Civil Veterinary Department. United Provinces 1912-22 - 1912-1922
Year: 1912
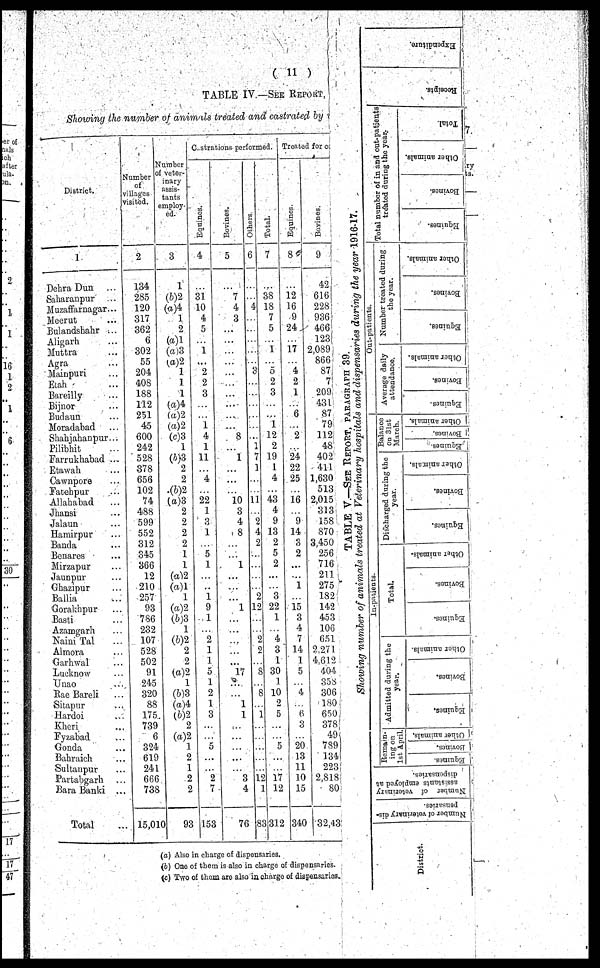
( 11 )
TABLE IV.—SEE REPORT
Showing the number of animals treated and castrated by
District.
1
Dehra Dun ...
Saharanpur ...
Muzaffarnagar...
Meerut ...
Bulandshahr ...
Aligarh ...
Muttra ...
Agra
Mainpuri ...
Etah ...
Bareilly ...
Bijnor ...
Budaun ...
Moradabad ...
Shahjahanpur...
Pilibhit ...
Farrukhabad ...
Etawah ...
Cawnpore ...
Fatehpur ...
Allahabad
Jhansi ...
Jalaun ...
Hamirpur ...
Bauda ...
Benares
Mirzapur ...
Jaunpur ...
Ghazipur ...
Ballia ...
Gorakhpur ...
Basti ...
Azamgarh ...
Naini Tal ...
Almora ...
Garhwal ...
Lucknow ...
Unao ...
Rae Bareli ...
Sitapur ...
Hardoi ...
Kheri ...
Fyzabad ...
Gonda ...
Bahraich ...
Sultanpur ...
Partabgarh ...
Bara Banki ...
Total ...
Number
of
Villages
Visited.
2
134
285
120
317
362
6
302
55
20-1
408
188
112
251
45
600
242
528
378
656
102
74
488
599
552
312
345
366
12
210
257
93
786
232
107
528
502
91
245
320
88
175
739
6
324
619
241
666
738
15,010
Number
of veter-
inary
assis-
tants
employ-
ed.
3
1
(6)2
(a)4
1
2
(a)l
(a)3
(a)2
1
1
1
(a)4
(a)2
(a)2
(c)3
1
(6)3
2
2
(6)2
(a)3
2
2
2
2
1
1
(a)2
(a)1
1
(a)2
(b)3
1
(6)2
2
2
(a)2
1
(b)3
(a)4
(b)2
2
(a)2
1
2
1
2
2
0
93
Castrations perform
ed.
Equines.
4
...
31
10
4
5
...
1
...
2
2
3
...
...
1
4
1
11
...
4
...
22
1
3
1
...
5
1
...
...
1
9
1
...
2
1
1
5
1
2
1
3
...
...
5
...
...
2
7
153
Bovines.
5
...
7
4
3
...
...
...
...
...
...
...
...
...
...
8
...
1
...
...
...
10
3
4
8
...
...
1
...
...
...
1
...
...
...
...
...
17
...
...
1
1
...
...
...
...
...
3
4
76
Others
6
...
...
4
...
...
...
...
...
3
...
...
...
...
...
...
1
7
1
...
...
11
...
9
4
2
...
...
...
...
2
12
...
...
2
2
...
8
...
8
...
1
...
...
...
...
...
12
1
83
Total.
7
...
18 18
7
5
...
1
...
5
2
3
...
...
1
12
2
19
1
4
...
43
4
9
13
2
5
2
...
...
3
22
1
...
4
3
1
30
1
10
2
5
...
...
5
...
...
17
12
312
Treated for cc
Equines.
8
...
12
16
9
24
...
17
...
4
2
1
...
6
...
2
...
24
22
25
...
16
...
9
14
3
2
...
...
1
...
15
3
4
7
| 14
1
5
...
4
...
6
3
...
20
13
11
10
15
340
Bovines.
9
42
616
228
936
466
123
2,089
866
87
7
209
431
87
79
112
48
402
411
1,630
513
2,015
313
158
870
3,450
256
716
211
275
1.82
142
453
106
651
2,27 I
4.612
404
358
306
180
650
378
49
789
134
223
2,818
80
32,43
(a) Also in charge of dispensaries,
(b) One of them is also in charge of dispensaries.
(c) Two of thom are also in charge of dispensaries.